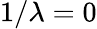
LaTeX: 1/\lambda=0